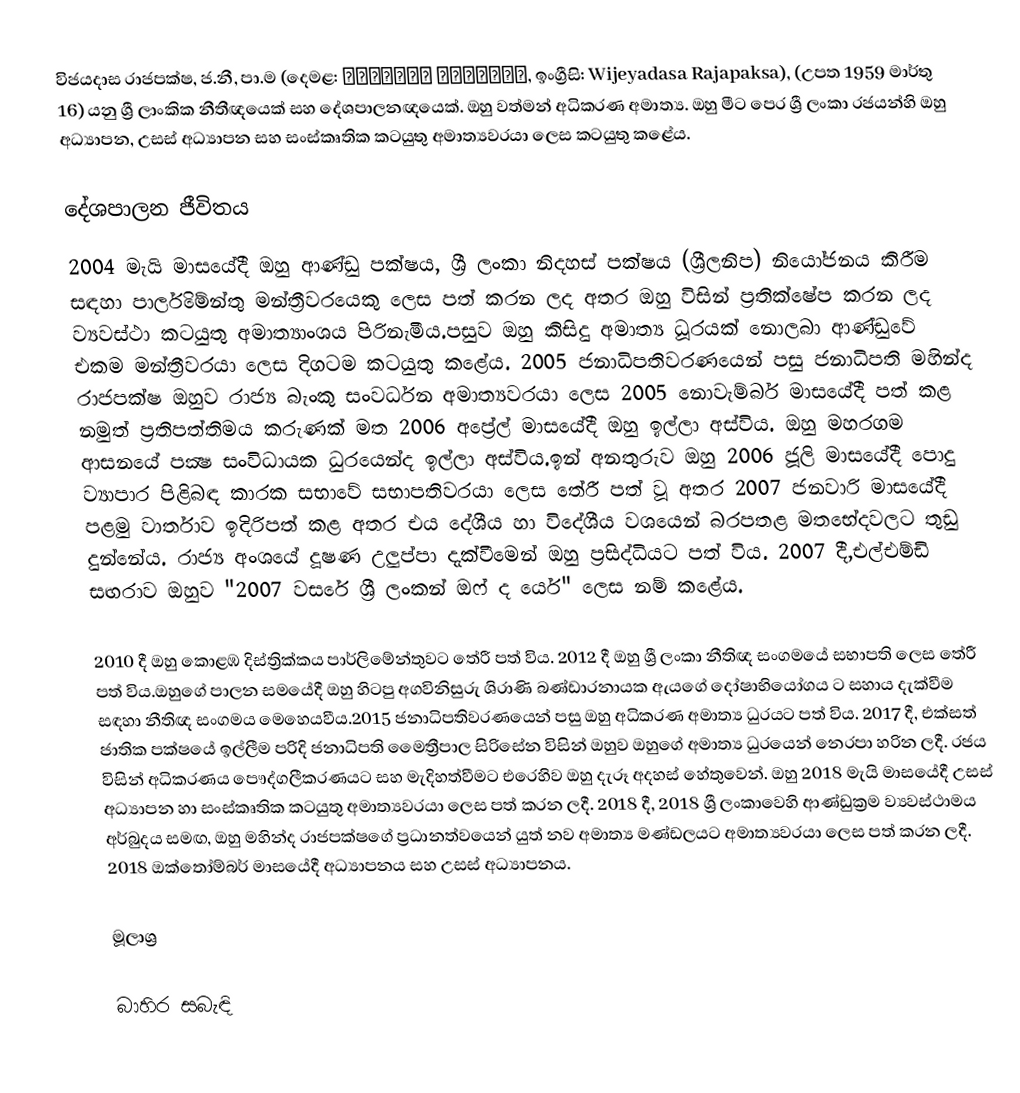
විජයදාස රාජපක්ෂ, ජ.නී, පා.ම (දෙමළ: விஜயதாச ராஜபக்ஷ, ඉංග්‍රීසි: Wijeyadasa Rajapaksa), (උපත 1959 මාර්තු 16) යනු ශ්‍රී ලාංකික නීතීඥයෙක් සහ දේශපාලනඥයෙක්. ඔහු වත්මන් අධිකරණ අමාත්‍ය. ඔහු මීට පෙර ශ්‍රී ලංකා රජයන්හි ඔහු අධ්‍යාපන, උසස් අධ්‍යාපන සහ සංස්කෘතික කටයුතු අමාත්‍යවරයා ලෙස කටයුතු කළේය.

දේශපාලන ජීවිතය
2004 මැයි මාසයේදී ඔහු ආණ්ඩු පක්ෂය, ශ්‍රී ලංකා නිදහස් පක්ෂය (ශ්‍රීලනිප) නියෝජනය කිරීම සඳහා පාර්ලිමේන්තු මන්ත්‍රීවරයෙකු ලෙස පත් කරන ලද අතර ඔහු විසින් ප්‍රතික්ෂේප කරන ලද ව්‍යවස්ථා කටයුතු අමාත්‍යාංශය පිරිනැමීය.පසුව ඔහු කිසිදු අමාත්‍ය ධූරයක් නොලබා ආණ්ඩුවේ එකම මන්ත්‍රීවරයා ලෙස දිගටම කටයුතු කළේය. 2005 ජනාධිපතිවරණයෙන් පසු ජනාධිපති මහින්ද රාජපක්ෂ ඔහුව රාජ්‍ය බැංකු සංවර්ධන අමාත්‍යවරයා ලෙස 2005 නොවැම්බර් මාසයේදී පත් කළ නමුත් ප්‍රතිපත්තිමය කරුණක් මත 2006 අප්‍රේල් මාසයේදී ඔහු ඉල්ලා අස්විය. ඔහු මහරගම ආසනයේ පක්‍ෂ සංවිධායක ධුරයෙන්ද ඉල්ලා අස්විය.ඉන් අනතුරුව ඔහු 2006 ජූලි මාසයේදී පොදු ව්‍යාපාර පිළිබඳ කාරක සභාවේ සභාපතිවරයා ලෙස තේරී පත් වූ අතර 2007 ජනවාරි මාසයේදී පළමු වාර්තාව ඉදිරිපත් කළ අතර එය දේශීය හා විදේශීය වශයෙන් බරපතළ මතභේදවලට තුඩු දුන්නේය. රාජ්‍ය අංශයේ දූෂණ උලුප්පා දැක්වීමෙන් ඔහු ප්‍රසිද්ධියට පත් විය. 2007 දී,එල්එම්ඩි සඟරාව ඔහුව "2007 වසරේ ශ්‍රී ලංකන් ඔෆ් ද යෙර්" ලෙස නම් කළේය.

2010 දී ඔහු කොළඹ දිස්ත්‍රික්කය පාර්ලිමේන්තුවට තේරී පත් විය. 2012 දී ඔහු ශ්‍රී ලංකා නීතිඥ සංගමයේ සභාපති ලෙස තේරී පත් විය.ඔහුගේ පාලන සමයේදී ඔහු හිටපු අගවිනිසුරු ශිරාණි බණ්ඩාරනායක ඇයගේ දෝෂාභියෝගය ට සහාය දැක්වීම සඳහා නීතිඥ සංගමය මෙහෙයවීය.2015 ජනාධිපතිවරණයෙන් පසු ඔහු අධිකරණ අමාත්‍ය ධුරයට පත් විය. 2017 දී, එක්සත් ජාතික පක්ෂයේ ඉල්ලීම පරිදි ජනාධිපති මෛත්‍රීපාල සිරිසේන විසින් ඔහුව ඔහුගේ අමාත්‍ය ධුරයෙන් නෙරපා හරින ලදී. රජය විසින් අධිකරණය පෞද්ගලීකරණයට සහ මැදිහත්වීමට එරෙහිව ඔහු දැරූ අදහස් හේතුවෙන්. ඔහු 2018 මැයි මාසයේදී උසස් අධ්‍යාපන හා සංස්කෘතික කටයුතු අමාත්‍යවරයා ලෙස පත් කරන ලදී. 2018 දී, 2018 ශ්‍රී ලංකාවෙහි ආණ්ඩුක්‍රම ව්‍යවස්ථාමය අර්බුදය සමඟ, ඔහු මහින්ද රාජපක්ෂගේ ප්‍රධානත්වයෙන් යුත් නව අමාත්‍ය මණ්ඩලයට අමාත්‍යවරයා ලෙස පත් කරන ලදී. 2018 ඔක්තෝම්බර් මාසයේදී අධ්‍යාපනය සහ උසස් අධ්‍යාපනය.

මූලාශ්‍ර

බාහිර සබැඳි